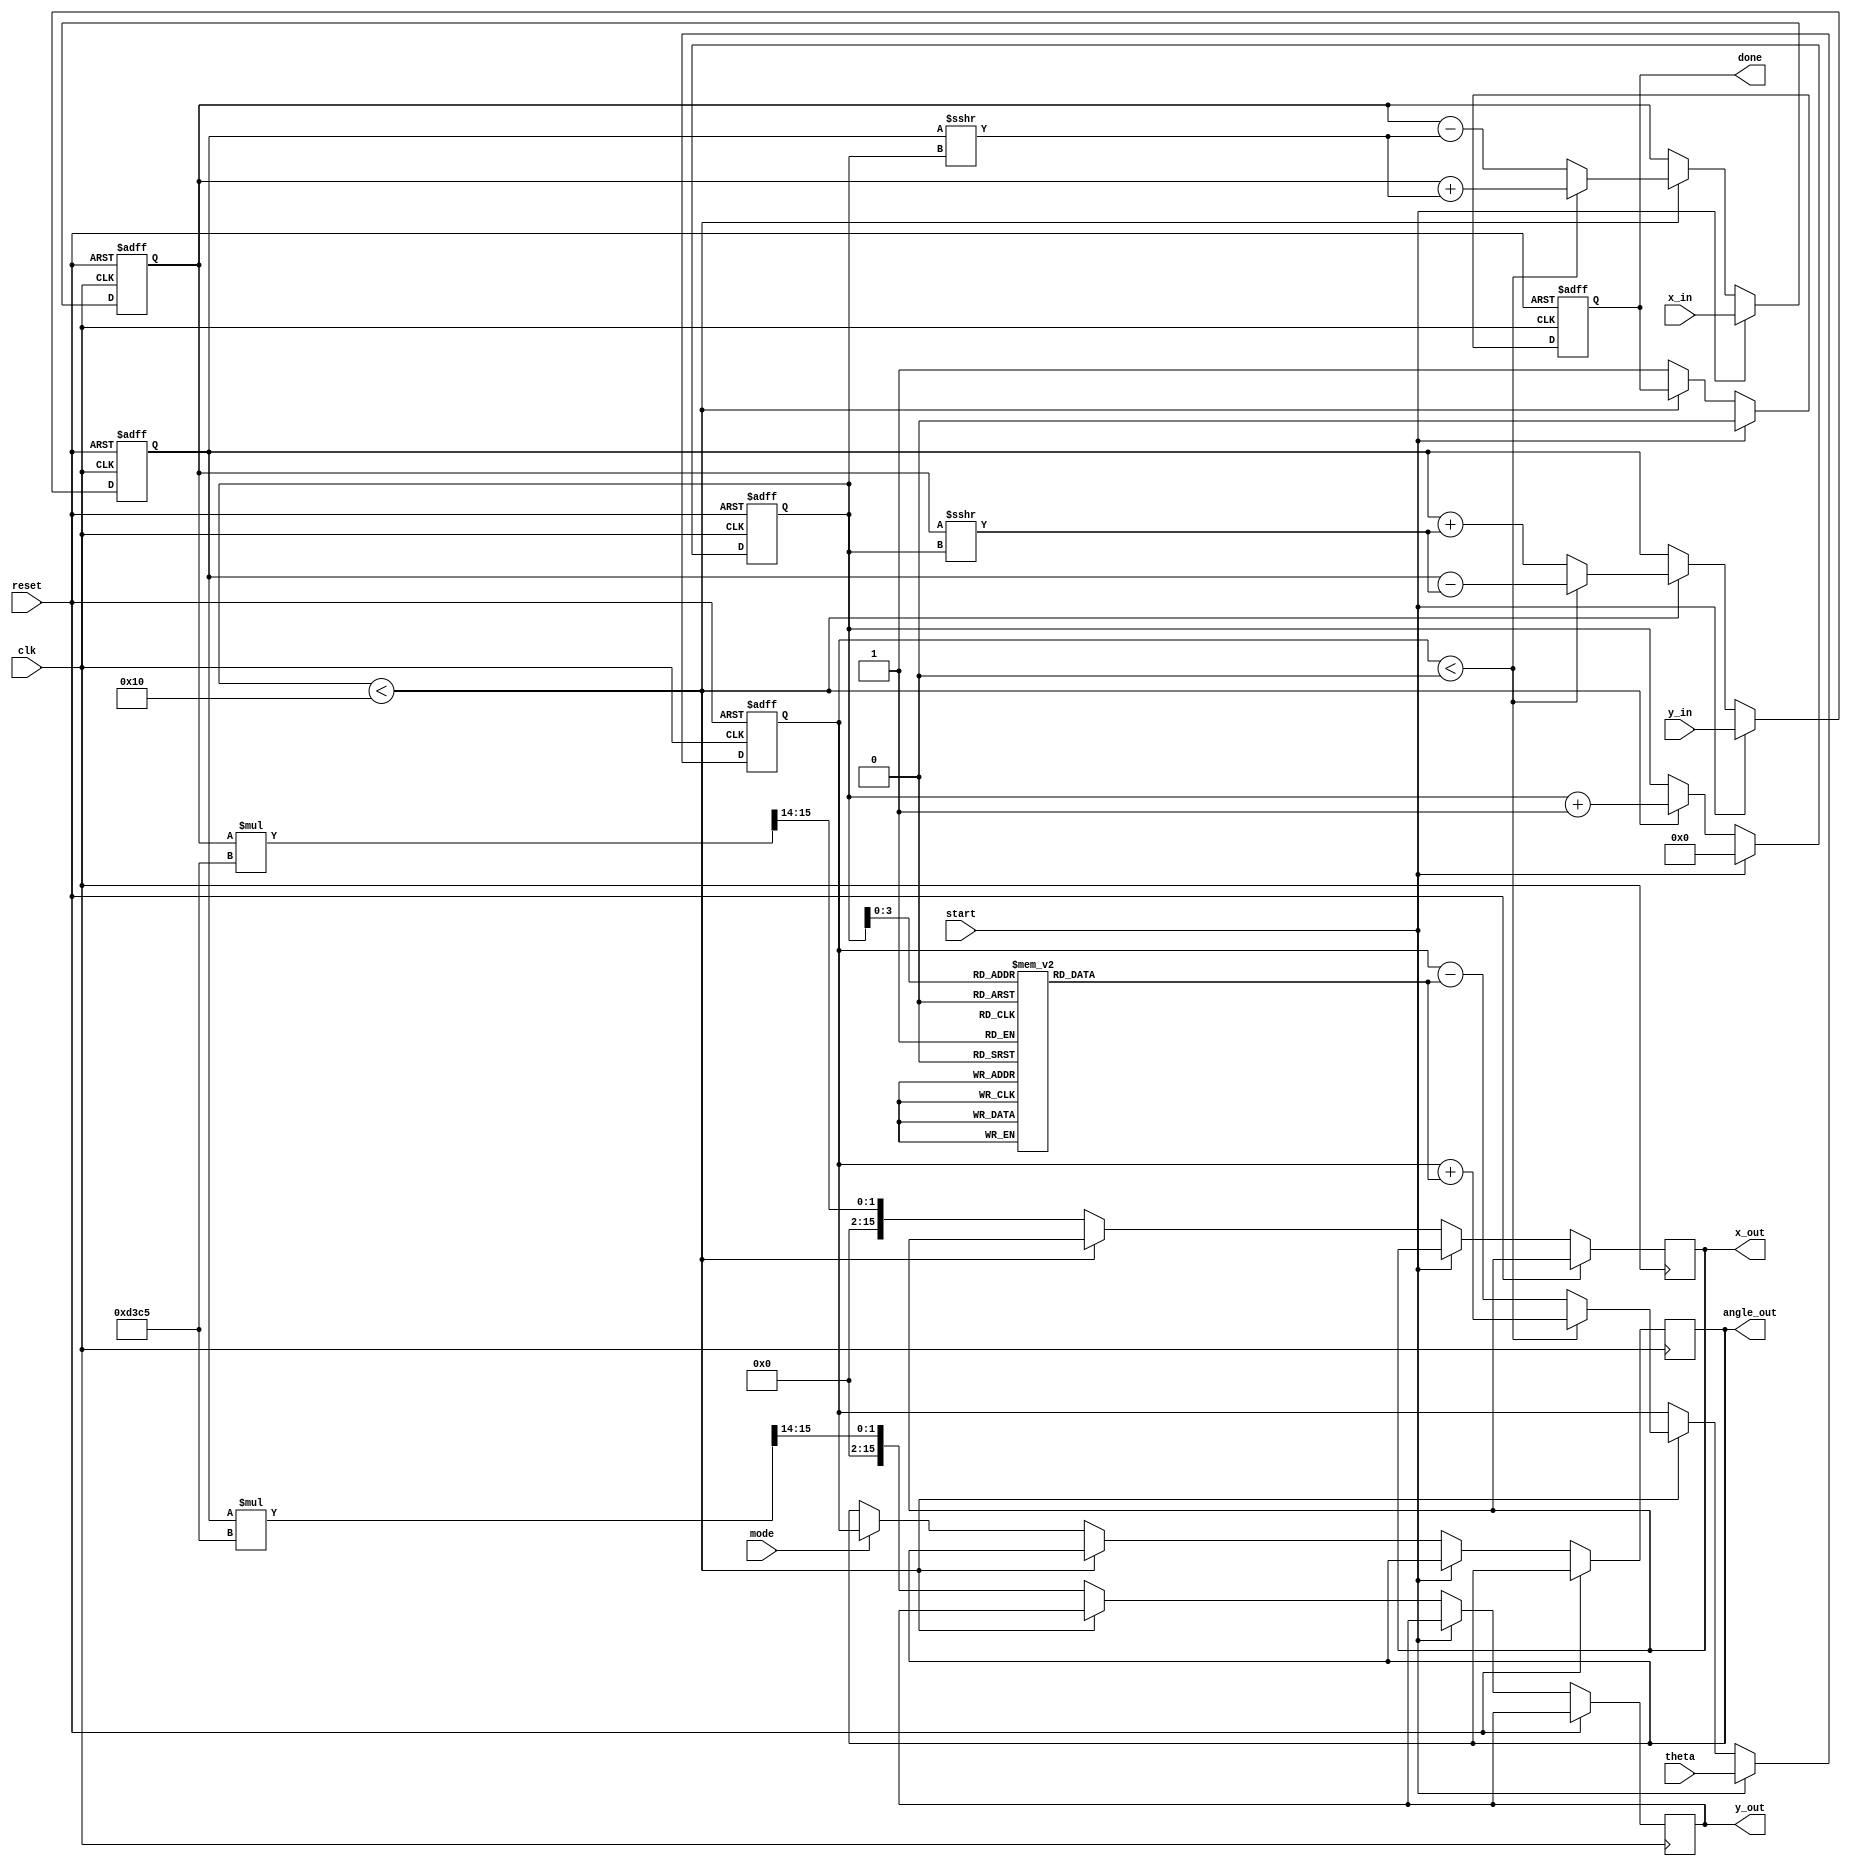
module cordic_2d #(
    parameter WIDTH = 16,         // Bit width of input/output
    parameter ITERATIONS = 16,    // Number of CORDIC iterations
    parameter K = 16'hD3C5        // Scaling factor K (fixed-point)
)(
    input clk,
    input reset,
    input start,
    input [WIDTH-1:0] x_in,      // Input X coordinate
    input [WIDTH-1:0] y_in,      // Input Y coordinate
    input signed [WIDTH-1:0] theta, // Rotation angle input
    input mode,                  // 0: Rotation, 1: Vector
    output reg [WIDTH-1:0] x_out, // Output X coordinate
    output reg [WIDTH-1:0] y_out, // Output Y coordinate
    output reg [WIDTH-1:0] angle_out, // Output Angle if in vector mode
    output reg done              // Operation done flag
);

    reg [WIDTH-1:0] x_reg, y_reg; // Registers for X and Y coordinates
    reg signed [WIDTH-1:0] z_reg;  // Angle accumulator
    reg [4:0] i;                   // Iteration counter
    reg [WIDTH-1:0] angle_table [0:ITERATIONS-1]; // Arctan values

    // Initialize arctan values (fixed-point, precomputed)
    initial begin
        angle_table[0] = 16'h26DB; // atan(2^-0) = 0.4636
        angle_table[1] = 16'h1A62; // atan(2^-1) = 0.2449
        angle_table[2] = 16'h0F33; // atan(2^-2) = 0.1250
        // ... Fill in the rest of the arctan values
        angle_table[3] = 16'h0C90;
        angle_table[4] = 16'h0A3D;
        angle_table[5] = 16'h0862;
        // Continue for all iterations
        // This is crucial to have all required arctan values
    end

    // State machine for controlling the CORDIC iterations
    always @(posedge clk or posedge reset) begin
        if (reset) begin
            x_reg <= 0;
            y_reg <= 0;
            z_reg <= 0;
            i <= 0;
            done <= 0;
        end else if (start) begin
            x_reg <= x_in;
            y_reg <= y_in;
            z_reg <= theta;
            i <= 0;
            done <= 0;
        end else if (i < ITERATIONS) begin
            // CORDIC rotation logic
            if (z_reg < 0) begin
                // Rotate clockwise
                x_reg <= x_reg + (y_reg >>> i);
                y_reg <= y_reg - (x_reg >>> i);
                z_reg <= z_reg + angle_table[i];
            end else begin
                // Rotate counterclockwise
                x_reg <= x_reg - (y_reg >>> i);
                y_reg <= y_reg + (x_reg >>> i);
                z_reg <= z_reg - angle_table[i];
            end
            i <= i + 1;
        end else begin
            // Final output assignment after completing iterations
            if (mode) begin
                angle_out <= z_reg; // Output angle if in vector mode
            end
            x_out <= (x_reg * K) >>> 14; // Apply scaling factor
            y_out <= (y_reg * K) >>> 14; // Apply scaling factor
            done <= 1; // Operation complete
        end
    end

endmodule